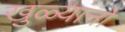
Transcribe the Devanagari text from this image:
खुळ्यांनो